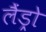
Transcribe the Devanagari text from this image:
लैंड्रो